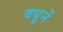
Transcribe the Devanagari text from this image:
वधूनें